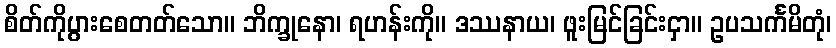
စိတ်ကိုပွားစေတတ်သော။ ဘိက္ခုနော၊ ရဟန်းကို။ ဒဿနာယ၊ ဖူးမြင်ခြင်းငှာ။ ဥပသင်္ကမိတုံ၊